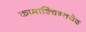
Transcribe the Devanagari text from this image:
कामाश्चिन्तयेद